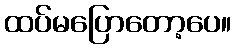
ထပ်မပြောတော့ပေ။